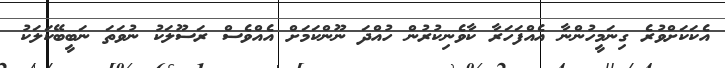
އެކަކަށްވުރެ ގިނަމީހުންނާ އެއްފަހަރާ ކާވެނިކުރުން ހުއްދަ ނޫންކަމަށް އެއްވެސް ރަސޫލަކު ނުވަތަ ނަބީބޭކަލަކު